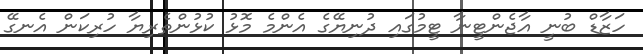
ހަޒާޑް ބުނީ އާޖެންޓީނާ ޓީމުގައި ދުނިޔޭގެ އެންމެ މޮޅު ކުޅުންތެރިޔާ ހުރިކަން އެނގޭ